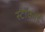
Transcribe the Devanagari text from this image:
स्टॉकार्ड